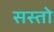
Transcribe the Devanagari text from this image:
सस्तो